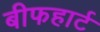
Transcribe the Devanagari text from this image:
बीफहार्ट